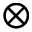
\otimes